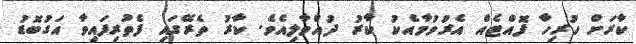
ކާރަށް ހުރިހާ ފޮއްޓެއް އެރުވުމާއެކު ކާރު ދުއްވާލިއެވެ. ކާރު ތެރޭގައި ފެތުރިފައިވާ އަގުބޮޑު